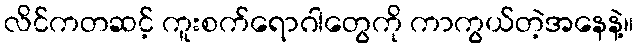
လိင်ကတဆင့် ကူးစက်ရောဂါတွေကို ကာကွယ်တဲ့အနေနဲ့။